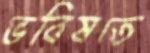
ভবিষতে